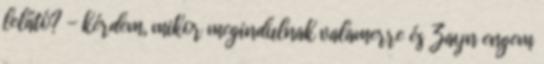
lelátó? - kérdem, mikor megindulnak valamerre és Zayn engem